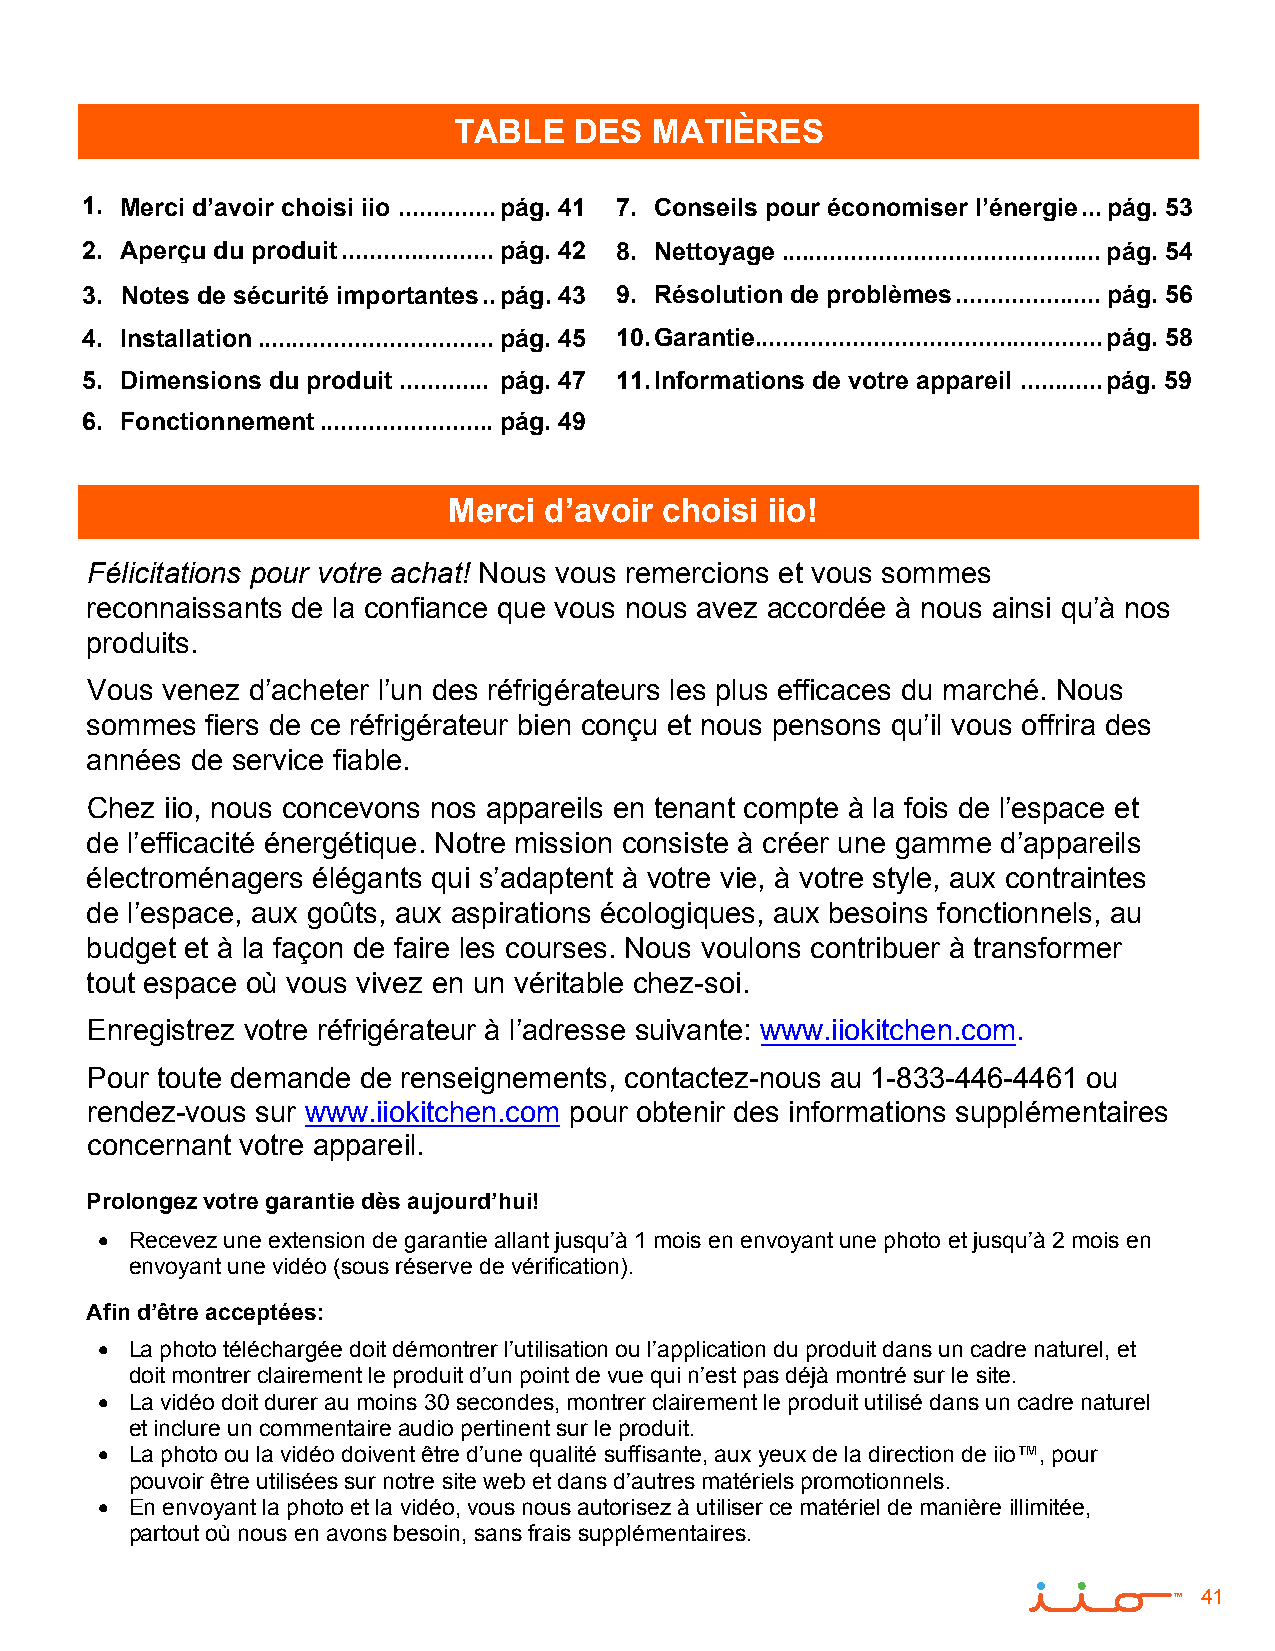
TABLE   DES  MATIÈRES
 1. Merci d’avoir choisi iio ..............pág. 41 7. Conseils pour économiser l’énergie...pág. 53
 2. Aperçu du produit......................pág. 42 8. Nettoyage ..............................................pág. 54
 3. Notes de sécurité importantes..pág. 43 9. Résolution de problèmes.....................pág. 56
 4. Installation..................................pág. 45 10.Garantie..................................................pág. 58
 5. Dimensions du produit ............. pág. 47 11.Informations de votre appareil ............pág. 59
 6. Fonctionnement ......................... pág. 49
 Merci d’avoir choisi iio!
 Félicitations pour votre achat! Nous vous remercions et vous sommes
 reconnaissants de la confiance que vous nous avez accordée à nous ainsi qu’à nos
 produits.
 Vous venez d’acheter l’un des réfrigérateurs les plus efficaces du marché. Nous
 sommes  fiers de ce réfrigérateur bien conçu et nous pensons qu’il vous offrira des
 années de service fiable.
 Chez iio, nous concevons nos appareils en tenant compte à la fois de l’espace et
 de l’efficacité énergétique. Notre mission consiste à créer une gamme d’appareils
 électroménagers élégants qui s’adaptent à votre vie, à votre style, aux contraintes
 de l’espace, aux goûts, aux aspirations écologiques, aux besoins fonctionnels, au
 budget et à la façon de faire les courses. Nous voulons contribuer à transformer
 tout espace où vous vivez en un véritable chez-soi.
 Enregistrez votre réfrigérateur à l’adresse suivante: www.iiokitchen.com.
 Pour toute demande de renseignements, contactez-nous au 1-833-446-4461 ou
 rendez-vous sur www.iiokitchen.com pour obtenir des informations supplémentaires
 concernant votre appareil.
 Prolongez votre garantie dès aujourd’hui!
 • Recevez une extension de garantie allant jusqu’à 1 mois en envoyant une photo et jusqu’à 2 mois en
 envoyant une vidéo (sous réserve de vérification).
 Afin d’être acceptées:
 •  La photo téléchargée doit démontrer l’utilisation ou l’application du produit dans un cadre naturel, et
 doit montrer clairement le produit d’un point de vue qui n’est pas déjà montré sur le site.
 •  La vidéo doit durer au moins 30 secondes, montrer clairement le produit utilisé dans un cadre naturel
 et inclure un commentaire audio pertinent sur le produit.
 •  La photo ou la vidéo doivent être d’une qualité suffisante, aux yeux de la direction de iio™, pour
 pouvoir être utilisées sur notre site web et dans d’autres matériels promotionnels.
 •  En envoyant la photo et la vidéo, vous nous autorisez à utiliser ce matériel de manière illimitée,
 partout où nous en avons besoin, sans frais supplémentaires.
 41